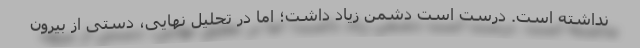
نداشته است. درست است دشمن زیاد داشت؛ اما در تحلیل نهایی، دستی از بیرون